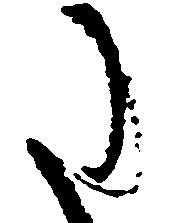
た